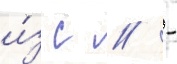
и́з с // -